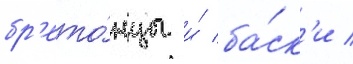
бр'ето́нцы и́ ба́ск'и /